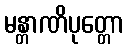
မန္တာဏိပုတ္တော